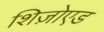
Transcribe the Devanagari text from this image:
शिज़ोएड